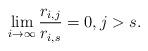
LaTeX: \begin{align*}\lim_{i\rightarrow \infty} \frac{r_{i,j}}{r_{i,s}}=0, j>s.\end{align*}